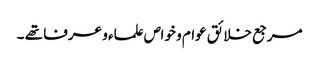
مرجع خلائق عوام و خواص علماء و عرفا تھے ۔